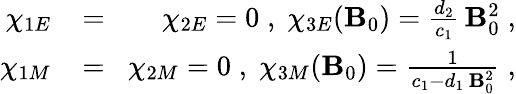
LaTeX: \begin{array}{rlr}{\chi_{1E}\! }&{{}=}&{\! \chi_{2E}=0\; ,\; \chi_{3E}({\mathbf B}_{0})=\frac{d_{2}}{c_{1}}\, {\mathbf B}_{0}^{2}\; ,}\\ {\chi_{1M}\! }&{{}=}&{\! \chi_{2M}=0\; ,\; \chi_{3M}({\mathbf B}_{0})=\frac{1}{c_{1}-d_{1}\, {\mathbf B}_{0}^{2}}\; ,}\end{array}